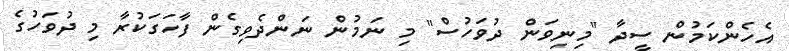
އެހެންކަމުން ސީދާ "މިނިވަން ދުވަހުސް" މި ނަމުން ނަންދެވިގެން ފާހަގަކުރާ މި ދުވަހުގެ